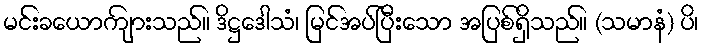
မင်းခယောကျ်ားသည်။ ဒိဋ္ဌဒေါသံ၊ မြင်အပ်ပြီးသော အပြစ်ရှိသည်။ (သမာနံ) ပိ၊